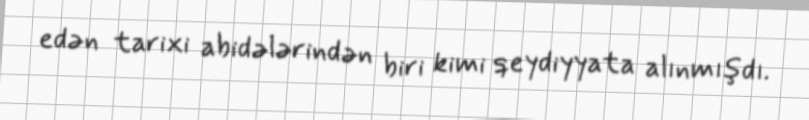
edən tarixi abidələrindən biri kimi qeydiyyata alınmışdı.